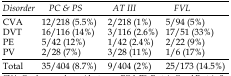
<table><thead><tr><td><b>Disorder</b></td><td><b>PC &amp; PS</b></td><td><b>AT III</b></td><td><b>FVL</b></td></tr></thead><tbody><tr><td>CVA</td><td>12/218 (5.5%)</td><td>2/218 (1%)</td><td>5/94 (5%)</td></tr><tr><td>DVT</td><td>16/116 (14%)</td><td>3/116 (2.6%) </td><td>17/51 (33%)</td></tr><tr><td>PE</td><td>5/42 (12%)</td><td>1/42 (2.4%) </td><td>2/22 (9%)</td></tr><tr><td>PV</td><td>2/28 (7%) </td><td>3/28 (11%)</td><td>1/6 (17%)</td></tr></tbody></table>